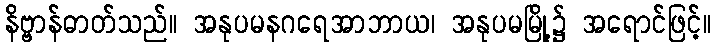
နိဗ္ဗာန်ဓာတ်သည်။ အနုပမနဂရေအာဘာယ၊ အနုပမမြို့၌ အရောင်ဖြင့်။